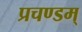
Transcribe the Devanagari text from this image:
प्रचण्डम्